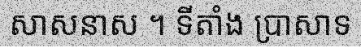
សាសនាស ។ ទីតាំង ប្រាសាទ